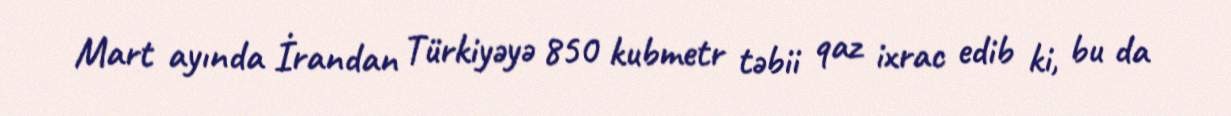
Mart ayında İrandan Türkiyəyə 850 kubmetr təbii qaz ixrac edib ki, bu da